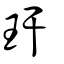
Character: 玕